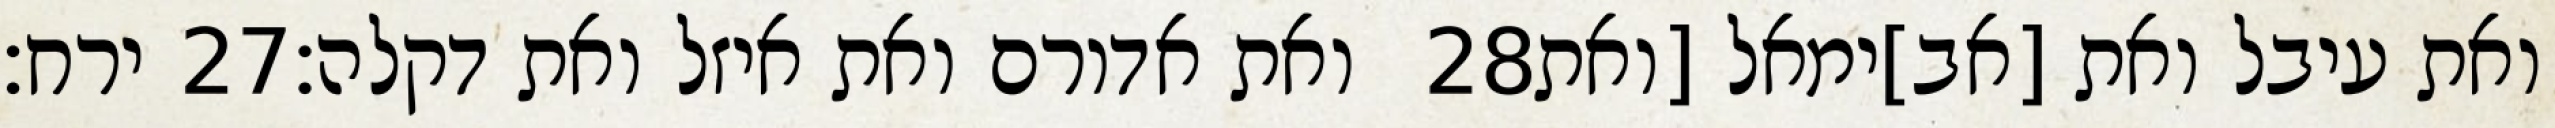
ירח׃ ‎27‏ ואת אדורם ואת איזל ואת דקלה׃ ‎28‏ ואת עיבל ואת [אב]ימאל [ואת